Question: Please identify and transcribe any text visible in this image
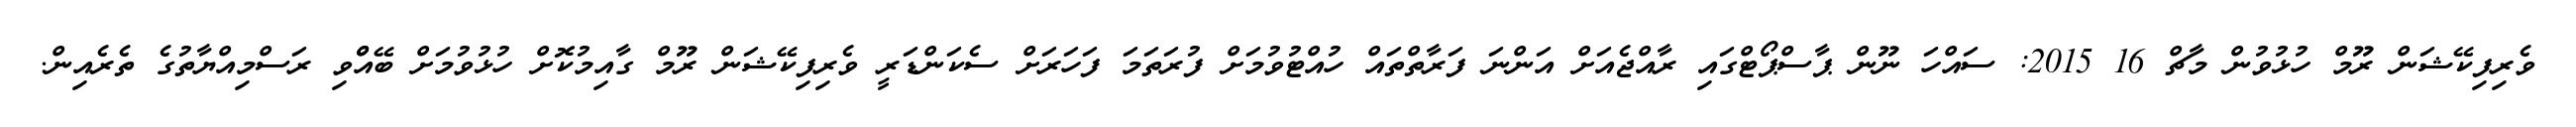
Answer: ވެރިފިކޭޝަން ރޫމް ހުޅުވުން މާޗް 16 2015: ސައްހަ ނޫން ޕާސްޕޯޓްގައި ރާއްޖެއަށް އަންނަ ފަރާތްތައް ހުއްޓުވުމަށް ފުރަތަމަ ފަހަރަށް ސެކަންޑަރީ ވެރިފިކޭޝަން ރޫމް ގާއިމުކޮށް ހުޅުވުމަށް ބޭއްްވި ރަސްމިއްޔާތުގެ ތެރެއިން.